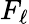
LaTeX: F_{\ell}